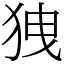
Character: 㹭